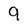
Character: 9